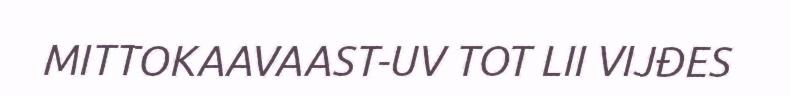
MITTOKAAVAAST-UV TOT LII VIJĐES